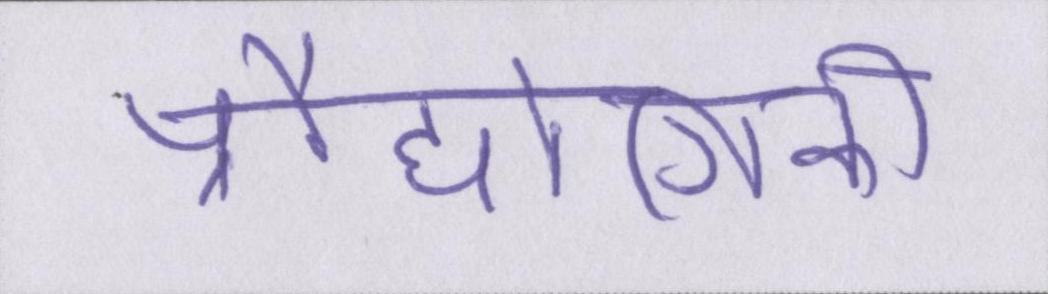
प्रौद्योगिकी